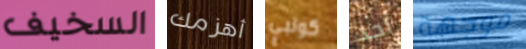
السخيف أهزمك كولبي أحد موجهة